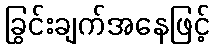
ခြွင်းချက်အနေဖြင့်